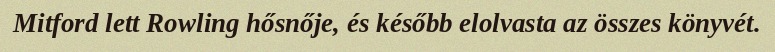
Mitford lett Rowling hősnője, és később elolvasta az összes könyvét.